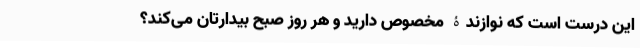
این درست است که نوازندۀ مخصوص دارید و هر روز صبح بیدارتان می‌کند؟